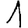
Digit: 1